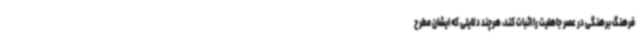
فرهنگ برهنگی در عصر جاهلیت را اثبات کند، هرچند دلایلی که ایشان مطرح